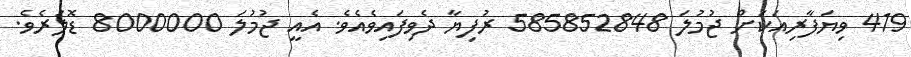
419 ވިޔަފާރިއަކަށް ޖުމުލަ 585852848 ރުފިޔާ ދެވިފައިވެއެވެ. އެއީ ޖުމުލަ 8000000 ޑޮލަރެވެ.